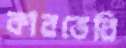
কারভেরি